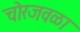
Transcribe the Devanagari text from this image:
चोरजवळा